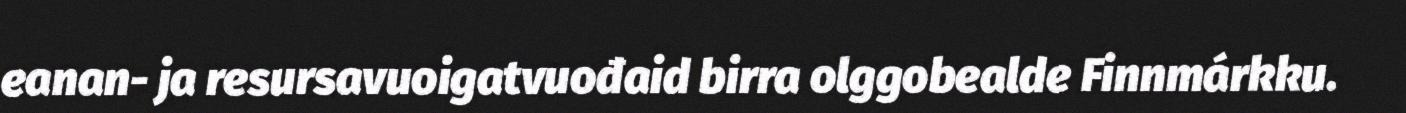
eanan- ja resursavuoigatvuođaid birra olggobealde Finnmárkku.